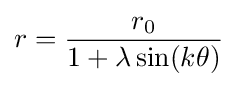
r={\frac {r_{0}}{1+\lambda \sin(k\theta )}}